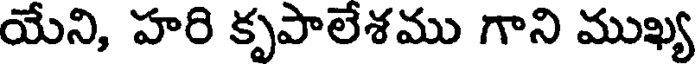
యేని, హరి కృపాలేశము గాని ముఖ్య